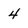
Character: 4